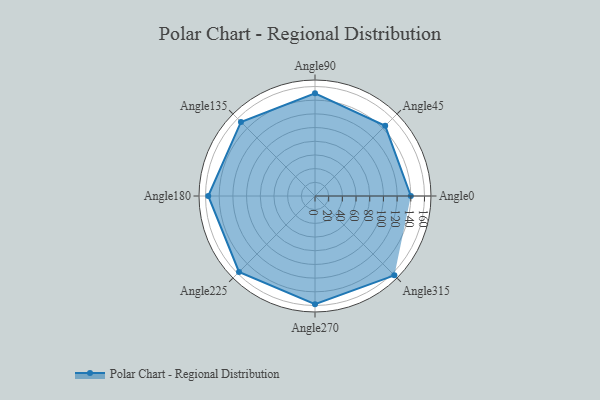
{"axis": {"x": "Angle", "y": "Radius"}, "legend": [""], "data": [{"x": "Angle0", "y": 140.0, "type": ""}, {"x": "Angle45", "y": 145.0, "type": ""}, {"x": "Angle90", "y": 150.0, "type": ""}, {"x": "Angle135", "y": 153.0, "type": ""}, {"x": "Angle180", "y": 156.0, "type": ""}, {"x": "Angle225", "y": 157.0, "type": ""}, {"x": "Angle270", "y": 158.0, "type": ""}, {"x": "Angle315", "y": 164.0, "type": ""}]}